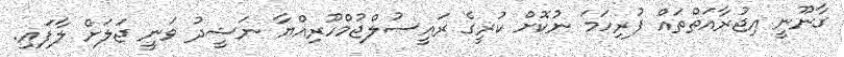
ގާނޫނީ އިޖުރާއަތްތައް ފުރިހަމަ ނުކޮށް ކުރީގެ ރައީސުލްޖުމްހޫރިއްޔާ ނަޝީދު ވަނީ ޖަލަށް ލާފައި.